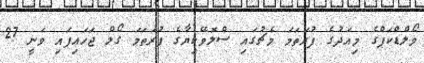
ވޯލްޑްކަޕްގެ މިއަދުގެ ފުރަތަމަ މެޗުގައި ސްލޮވޭކިޔާގެ ފުރަތަމަ ގޯލް ޖަހައިފައި ވަނީ 27